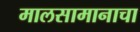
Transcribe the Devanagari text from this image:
मालसामानाचा